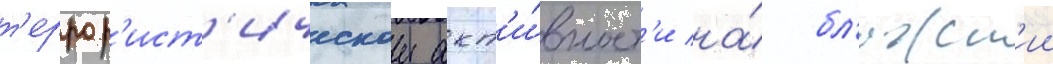
т'еррор'ист'ическои акт'и́вност'и на́ бл'ижн'ии